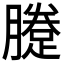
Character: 𨃗